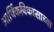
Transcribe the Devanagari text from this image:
आर्थिकविकासाच्या